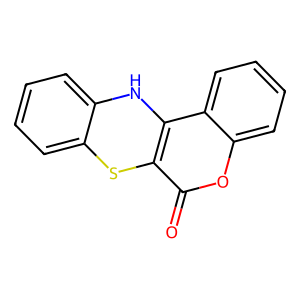
SMILES: O=c1oc2ccccc2c2c1Sc1ccccc1N2
Inhibits HIV replication: No